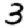
Digit: 3